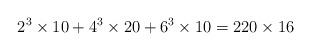
LaTeX: \begin{align*}2^{3}\times 10+4^{3}\times 20+6^{3}\times 10=220\times 16\end{align*}